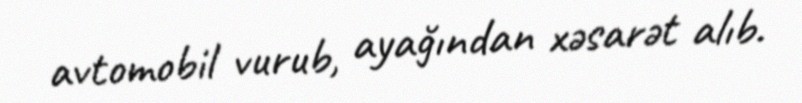
avtomobil vurub, ayağından xəsarət alıb.